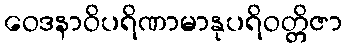
ဝေဒနာဝိပရိဏာမာနုပရိဝတ္တိဇာ